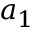
a _ { 1 }